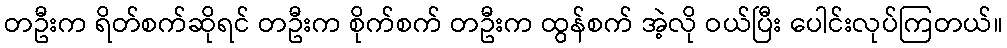
တဦးက ရိတ်စက်ဆိုရင် တဦးက စိုက်စက် တဦးက ထွန်စက် အဲ့လို ဝယ်ပြီး ပေါင်းလုပ်ကြတယ်။